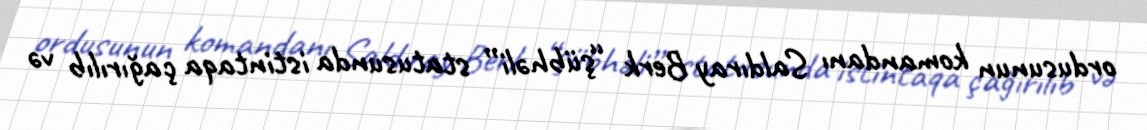
ordusunun komandanı Saldıray Berk “şübhəli” statusunda istintaqa çağırılıb və